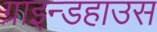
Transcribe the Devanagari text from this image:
ग्राइन्डहाउस